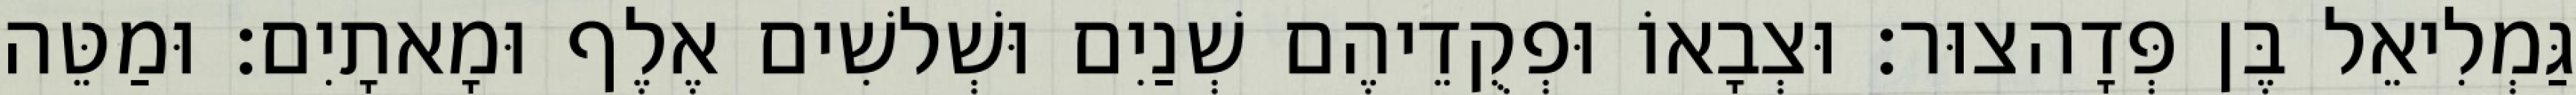
גַּמְלִיאֵל בֶּן פְּדָהצוּר׃ וּצְבָאוֹ וּפְקֻדֵיהֶם שְׁנַיִם וּשְׁלשִׁים אֶלֶף וּמָאתָיִם׃ וּמַטֵּה